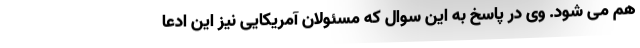
هم می شود. وی در پاسخ به این سوال که مسئولان آمریکایی نیز این ادعا